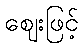
ဈေးဖြင့်